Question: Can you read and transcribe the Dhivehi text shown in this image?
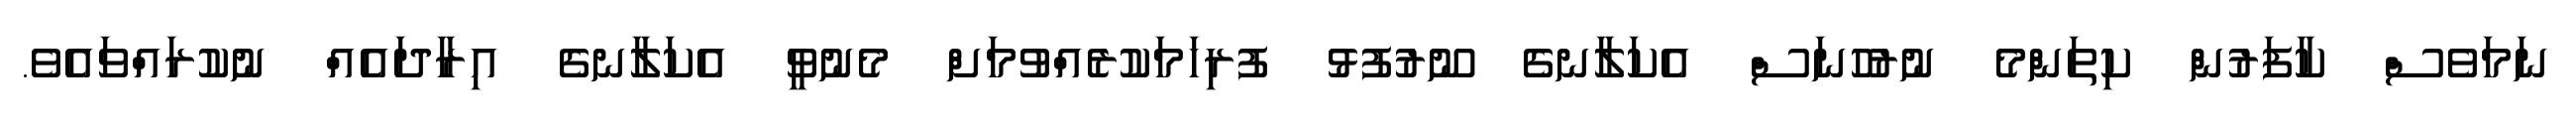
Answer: ނަމަވެސް ކާފަރުން ކިތަންމެ ނުރުހުނަސް އެކަލާނގެ ނޫރުފުޅު ފުރިހަމަކުރެއްވުމަށް މެނުވީ އެކަލާނގެ އިރާދައެއް ނުކުރައްވައެވެ.